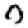
Digit: 0